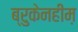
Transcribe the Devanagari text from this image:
ब्रुकेनहीम़